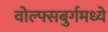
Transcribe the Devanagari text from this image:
वोल्फ्सबुर्गमध्ये